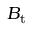
B _ { \mathrm { t } }